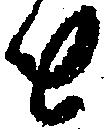
と